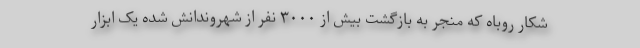
شکار روباه که منجر به بازگشت بیش از ۳۰۰۰ نفر از شهروندانش شده یک ابزار